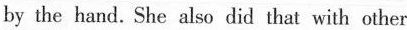
by the hand. She also did that with other